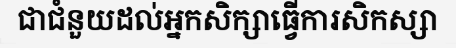
ជាជំនួយដល់អ្នកសិក្សាធ្វើការសិកស្សា